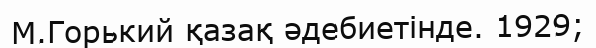
М.Горький қазақ әдебиетінде. 1929;